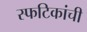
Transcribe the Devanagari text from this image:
स्फटिकांची